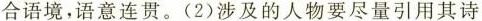
合语境，语意连贯。(2)涉及的人物要尽量引用其诗